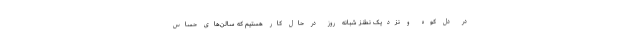
در دل کوه و نزدیک نطنز شبانه روز در حال کار هستیم که سالن‌های حساس